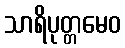
သာရိပုတ္တမေဝ